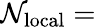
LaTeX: \mathcal{N}_{\mathrm{{local}}}=